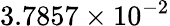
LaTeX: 3.7857\times 10^{-2}